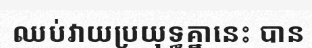
ឈប់វាយប្រយុទ្ធគ្នានេះ បាន